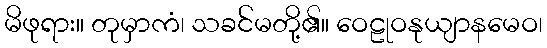
မိဖုရား။ တုမှာကံ၊ သခင်မတို့၏။ ဝေဠုဝနုယျာနမေဝ၊